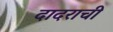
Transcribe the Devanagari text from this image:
दादराची